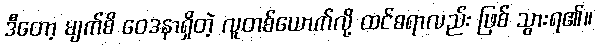
ဒီတော့ မျက်စိ ဝေဒနာရှိတဲ့ လူတစ်ယောက်လို့ ထင်စရာလည်း ဖြစ် သွားရ၏။